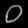
Digit: ၀